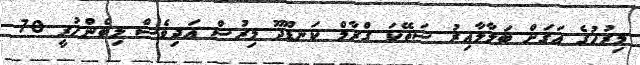
މިރުހުގެ އަގަށް ބަލާލާއިރު ސަތޭކަ ގްރާމް ކަނޑޫދޫ މިރުސް އަދިވެސް ލިބެންހުރީ 70